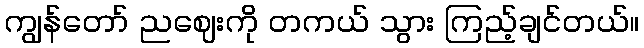
ကျွန်တော် ညဈေးကို တကယ် သွား ကြည့်ချင်တယ်။